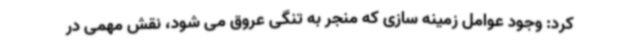
کرد: وجود عوامل زمینه سازی که منجر به تنگی عروق می شود، نقش مهمی در